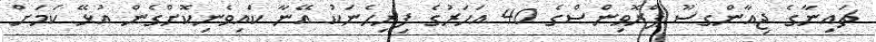
ޗައިނާގެ ޖިއާންގސޫ ޕްރޮވިންސްގެ 40 އަހަރުގެ ފިރިހެނަކު އޭނާ ކައިވެނިކޮށްގެން އުޅޭ ކަމަށް